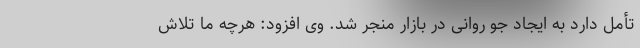
تأمل دارد به ایجاد جو روانی در بازار منجر شد. وی افزود: هرچه ما تلاش